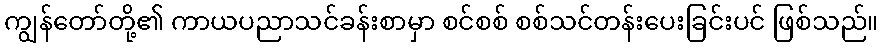
ကျွန်တော်တို့၏ ကာယပညာသင်ခန်းစာမှာ စင်စစ် စစ်သင်တန်းပေးခြင်းပင် ဖြစ်သည်။